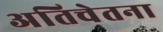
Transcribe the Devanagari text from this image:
अतिचेतना